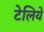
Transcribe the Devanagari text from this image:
टेलिये